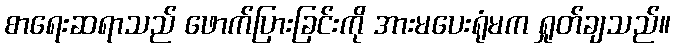
စာရေးဆရာသည် ဖောက်ပြားခြင်းကို အားမပေးရုံမက ရှုတ်ချသည်။